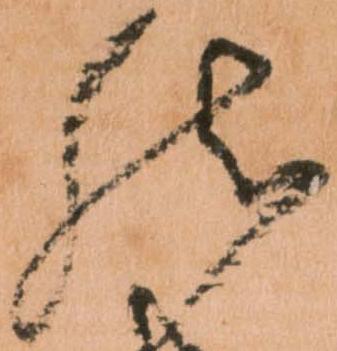
然